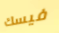
فيسك